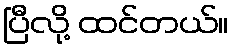
ပြီလို့ ထင်တယ်။